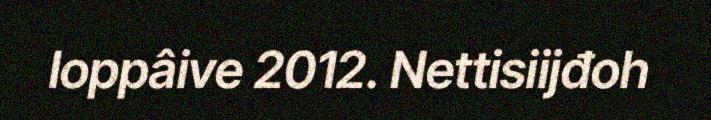
loppâive 2012. Nettisiijđoh